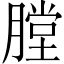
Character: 膛